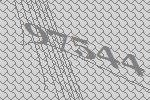
97544